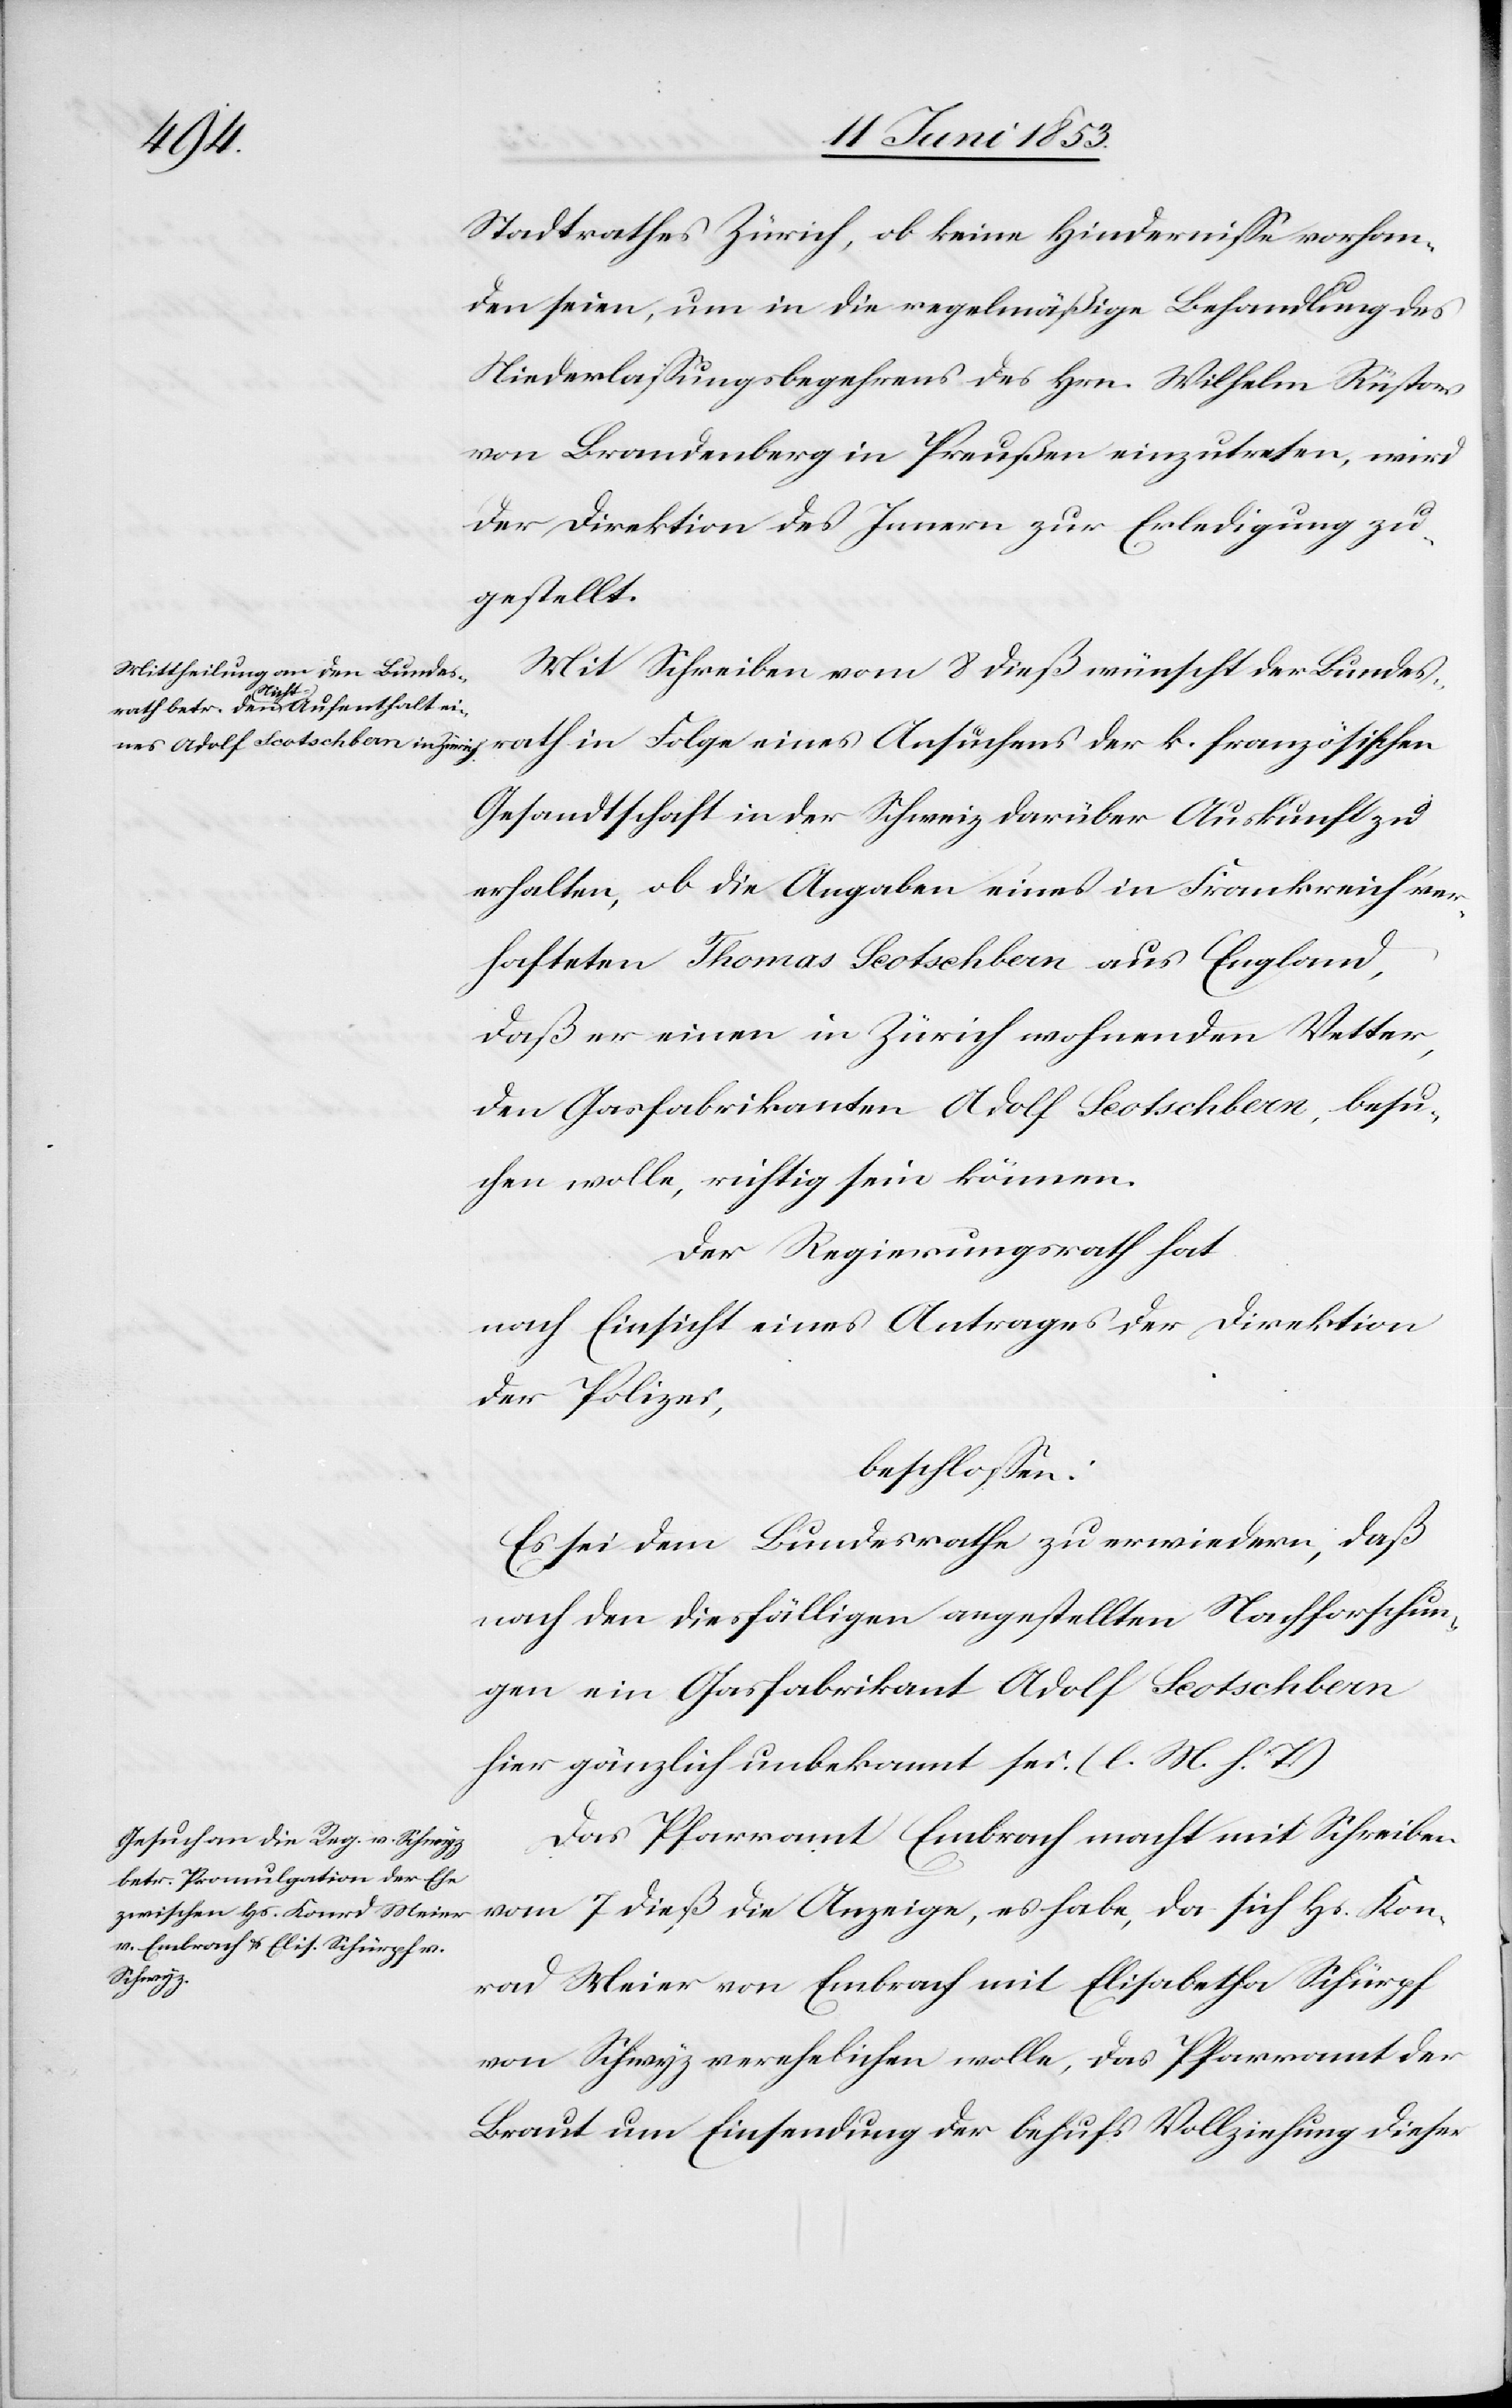
Stadtrathes Zürich, ob keine Hinderniße vorhan¬
den seien, um in die regelmäßige Behandlung des
Niederlaßungsbegehrens des Hrn. Wilhelm Rüstow
von Brandenburg in Preußen einzutreten, wird
der Direktion des Innern zur Erledigung zu¬
gestellt.
Mit Schreiben vom 8 dieß wünscht der Bundes¬
rath in Folge eines Ansuchens der k. französischen
Gesandtschaft in der Schweiz darüber Auskunft zu
erhalten, ob die Angaben eines in Frankreich ver¬
hafteten Thomas Leotschban aus England,
daß er einen in Zürich wohnenden Vetter,
den Gasfabrikanten Adolf Leotschban, besu¬
chen wolle, richtig sein können.
Der Regierungsrath hat
nach Einsicht eines Antrages der Direktion
der Polizei,
beschloßen:
Es sei dem Bundesrath zu erwiedern, daß
nach den diesfälligen angestellten Nachforschun¬
gen ein Gasfabrikant Adolf Leotschban
hier gänzlich unbekannt sei. [l. M. h. T]
Das Pfarramt Embrach macht mit Schreiben
vom 7 dieß die Anzeige, es habe, da sich Hs. Kon¬
rad Meier von Embrach mit Elisabetha Schürpf
von Schwyz verehelichen wolle, das Pfarramt der
Braut um Einsendung der behufs Vollziehung dieser